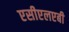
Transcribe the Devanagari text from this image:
एसीएलएबी